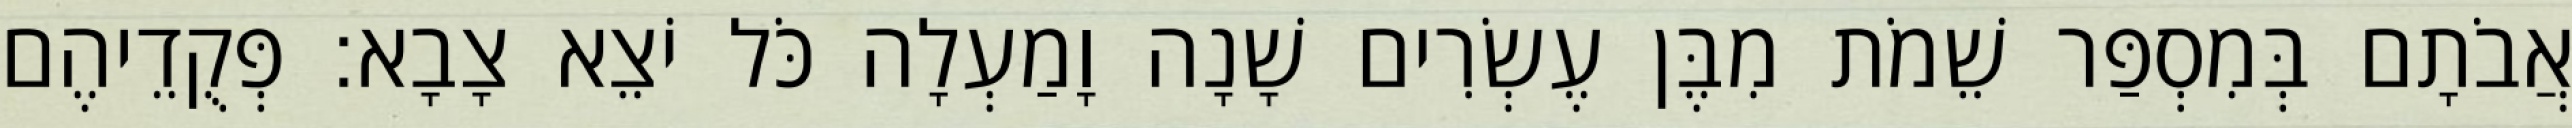
אֲבֹתָם בְּמִסְפַּר שֵׁמֹת מִבֶּן עֶשְׂרִים שָׁנָה וָמַעְלָה כֹּל יֹצֵא צָבָא׃ פְּקֻדֵיהֶם